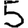
Digit: 5